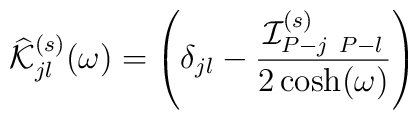
\widehat{\cal K}^{(s)}_{jl}(\omega) =\left( \delta_{jl} - \frac{{\cal I}^{(s)}_{P-j\ P-l}}{2\cosh(\omega)}\right)